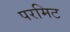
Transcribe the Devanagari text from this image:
परमिट